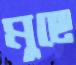
মুছে